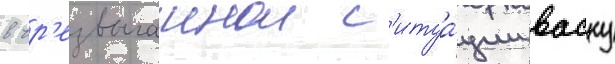
в чр'езвычаинои с'итуа́ции васку